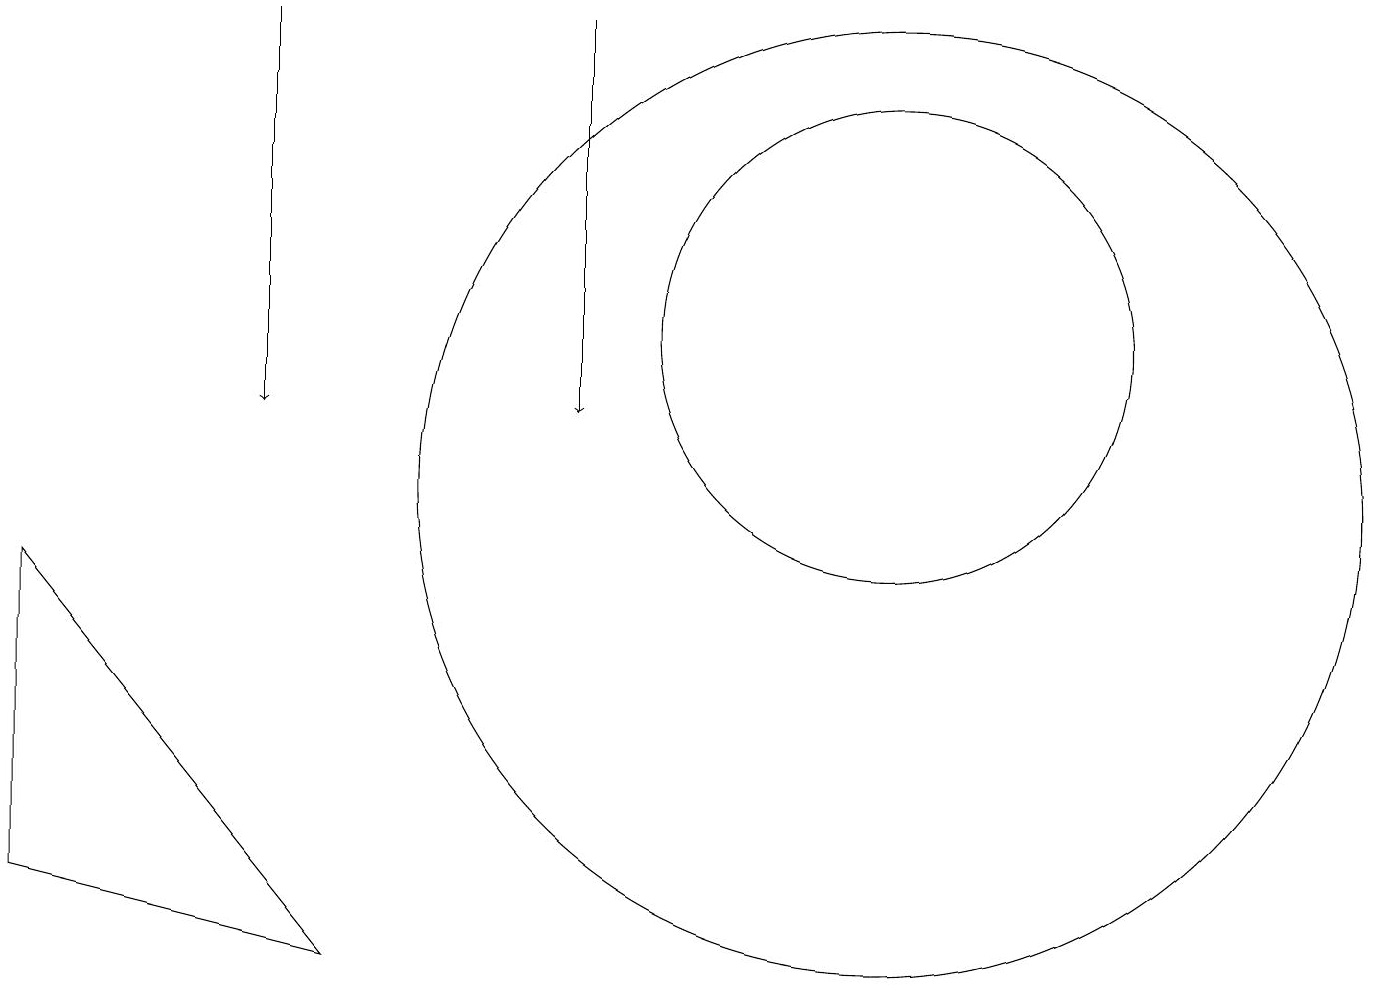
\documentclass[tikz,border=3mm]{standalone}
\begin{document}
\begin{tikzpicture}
\draw (11,10) circle (6);
\draw[->] (7,16) -- (7,11);
\draw (4,4) -- (0,5) -- (0,9) -- cycle;
\draw (11,12) circle (3);
\draw[->] (3,16) -- (3,11);
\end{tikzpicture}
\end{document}